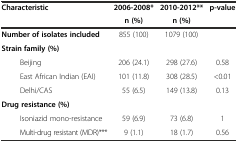
<table><thead><tr><td rowspan="2"><b>Characteristic</b></td><td><b>2006-2008*</b></td><td><b>2010-2012**</b></td><td rowspan="2"><b>p-value</b></td></tr><tr><td><b>n (%)</b></td><td><b>n (%)</b></td></tr></thead><tbody><tr><td><b>Number of isolates included</b></td><td>855 (100)</td><td>1079 (100)</td><td></td></tr><tr><td><b>Strain family (%)</b></td><td></td><td></td><td></td></tr><tr><td>Beijing</td><td>206 (24.1)</td><td>298 (27.6)</td><td>0.58</td></tr><tr><td>East African Indian (EAI)</td><td>101 (11.8)</td><td>308 (28.5)</td><td>&lt;0.01</td></tr><tr><td>Delhi/CAS</td><td>55 (6.5)</td><td>149 (13.8)</td><td>0.13</td></tr><tr><td><b>Drug resistance (%)</b></td><td></td><td></td><td></td></tr><tr><td>Isoniazid mono-resistance</td><td>59 (6.9)</td><td>73 (6.8)</td><td>1</td></tr><tr><td>Multi-drug resistant (MDR)***</td><td>9 (1.1)</td><td>18 (1.7)</td><td>0.56</td></tr></tbody></table>